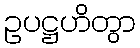
ဥပဋ္ဌဟိတွာ